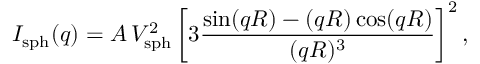
I _ { \mathrm { s p h } } ( q ) = A \, V _ { \mathrm { s p h } } ^ { 2 } \left[ 3 \frac { \sin ( q R ) - ( q R ) \cos ( q R ) } { ( q R ) ^ { 3 } } \right] ^ { 2 } ,